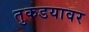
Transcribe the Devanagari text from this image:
तुकडयावर